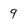
Character: 9